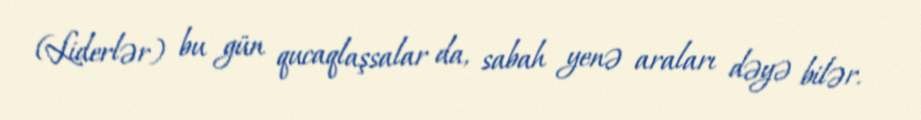
(Liderlər) bu gün qucaqlaşsalar da, sabah yenə araları dəyə bilər.